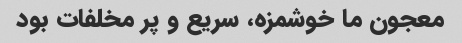
معجون ما خوشمزه، سریع و پر مخلفات بود